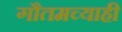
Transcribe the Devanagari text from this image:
गौतमच्याही